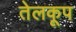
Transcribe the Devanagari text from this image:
तेलकूप